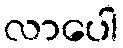
လာပေါ